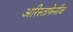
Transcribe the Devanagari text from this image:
अरिस्ताफेनीज